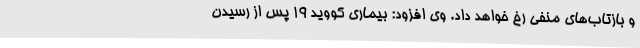
و بازتاب‌های منفی رخ خواهد داد. وی افزود: بیماری کووید 19 پس از رسیدن